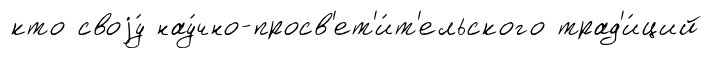
кто своjу́ нау́чно-просв'ет'и́т'ельского трад'и́ций